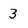
Character: 3